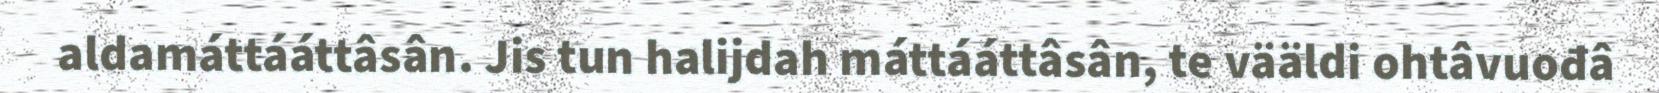
aldamáttááttâsân. Jis tun halijdah máttááttâsân, te vääldi ohtâvuođâ